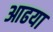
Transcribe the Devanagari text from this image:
आढया